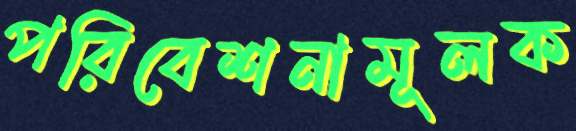
পরিবেশনামূলক